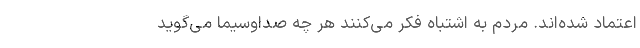
اعتماد شده‌اند. مردم به اشتباه فکر می‌کنند هر چه صداوسیما می‌گوید